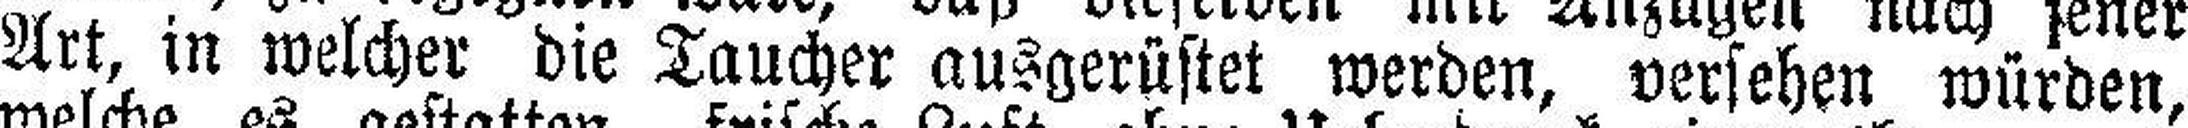
Art, in welcher die Taucher ausgerüstet werden, versehen würden,